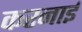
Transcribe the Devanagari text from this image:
करनाई